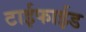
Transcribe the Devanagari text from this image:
टाईफाईड